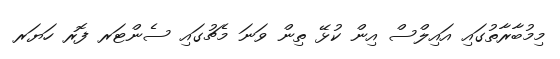
މިމުބާރާތުގައި އައިލްސް އިން ކުޅޭ ތިން ވަނަ މެޗުގައި ސެންޓަރ ފޮރ ހަޔަރ